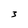
Character: 3